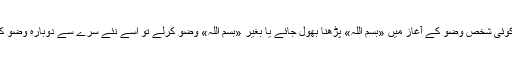
نیز اگر کوئی شخص وضو کے آغاز میں «بسم اللہ» پڑھنا بھول جائے یا بغیر «بسم اللہ» وضو کرلے تو اسے نئے سرے سے دوبارہ وضو کرنا ہوگا۔